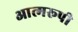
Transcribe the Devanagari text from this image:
आत्मरूपी